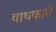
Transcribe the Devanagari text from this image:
वाधकारों